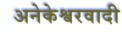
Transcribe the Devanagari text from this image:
अनेकेश्वरवादी